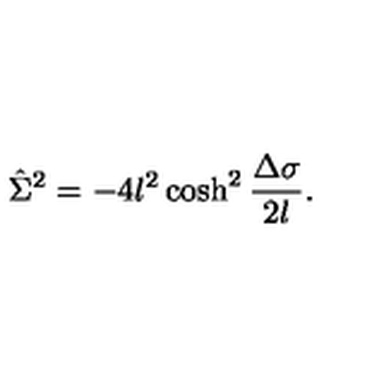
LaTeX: \hat { \Sigma } ^ { 2 } = - 4 l ^ { 2 } \cosh ^ { 2 } { \frac { \Delta \sigma } { 2 l } } .